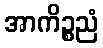
အာကိဉ္စညံ